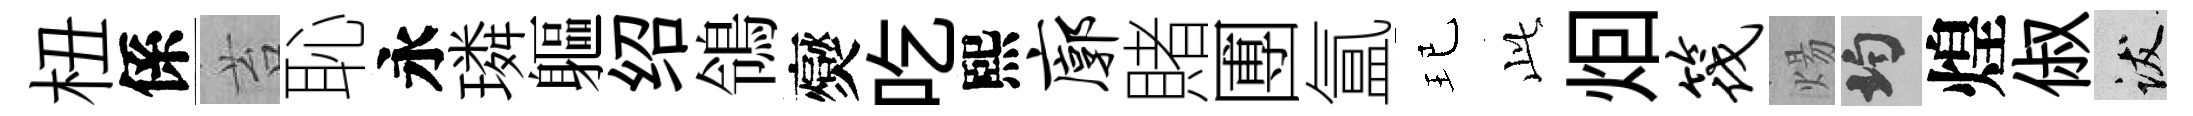
杻係苔恥永璘軀绍鴒爕吃熙廓賭圑氲玘𬼘𤇆筏煬均煌俶跋